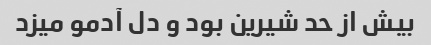
بیش از حد شیرین بود و دل آدمو میزد